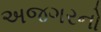
અજગરનો